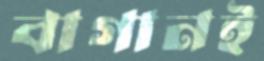
বাগানই